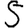
Digit: 5